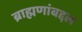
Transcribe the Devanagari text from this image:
ब्राह्मणांबद्दल